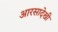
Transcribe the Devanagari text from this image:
आरसादेखी